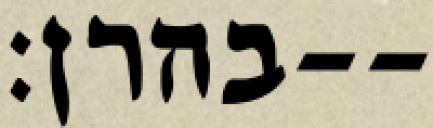
בהרן׃--